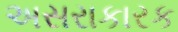
અસરાકારક